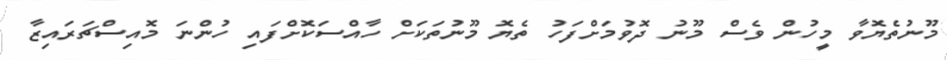
މޫނުތެޔޮވާ މީހުން ވެސް މޫނު ދޮވުމަށްފަހު ތެޔޮ މޫނުތަކަށް ހާއްސަކޮށްފައި ހުންނަ މޮއިސްޗަރައިޒާ